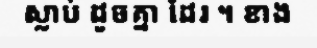
ស្លាប់ ដូចគ្នា ដែរ ។ ខាង